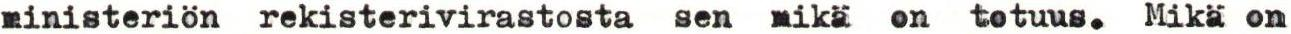
ministeriön rekisterivirastosta sen mikä on totuus. Mikä on